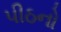
પીઠનો